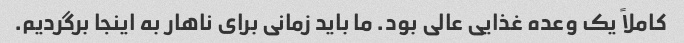
کاملاً یک وعده غذایی عالی بود. ما باید زمانی برای ناهار به اینجا برگردیم.